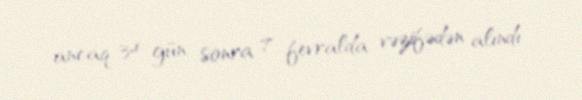
ancaq 34 gün sonra 7 fevralda vəzifədən alındı.